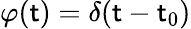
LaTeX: \varphi(\mathsf{t})=\delta(\mathsf{t}-\mathsf{t}_{0})